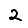
Digit: 2